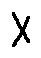
X